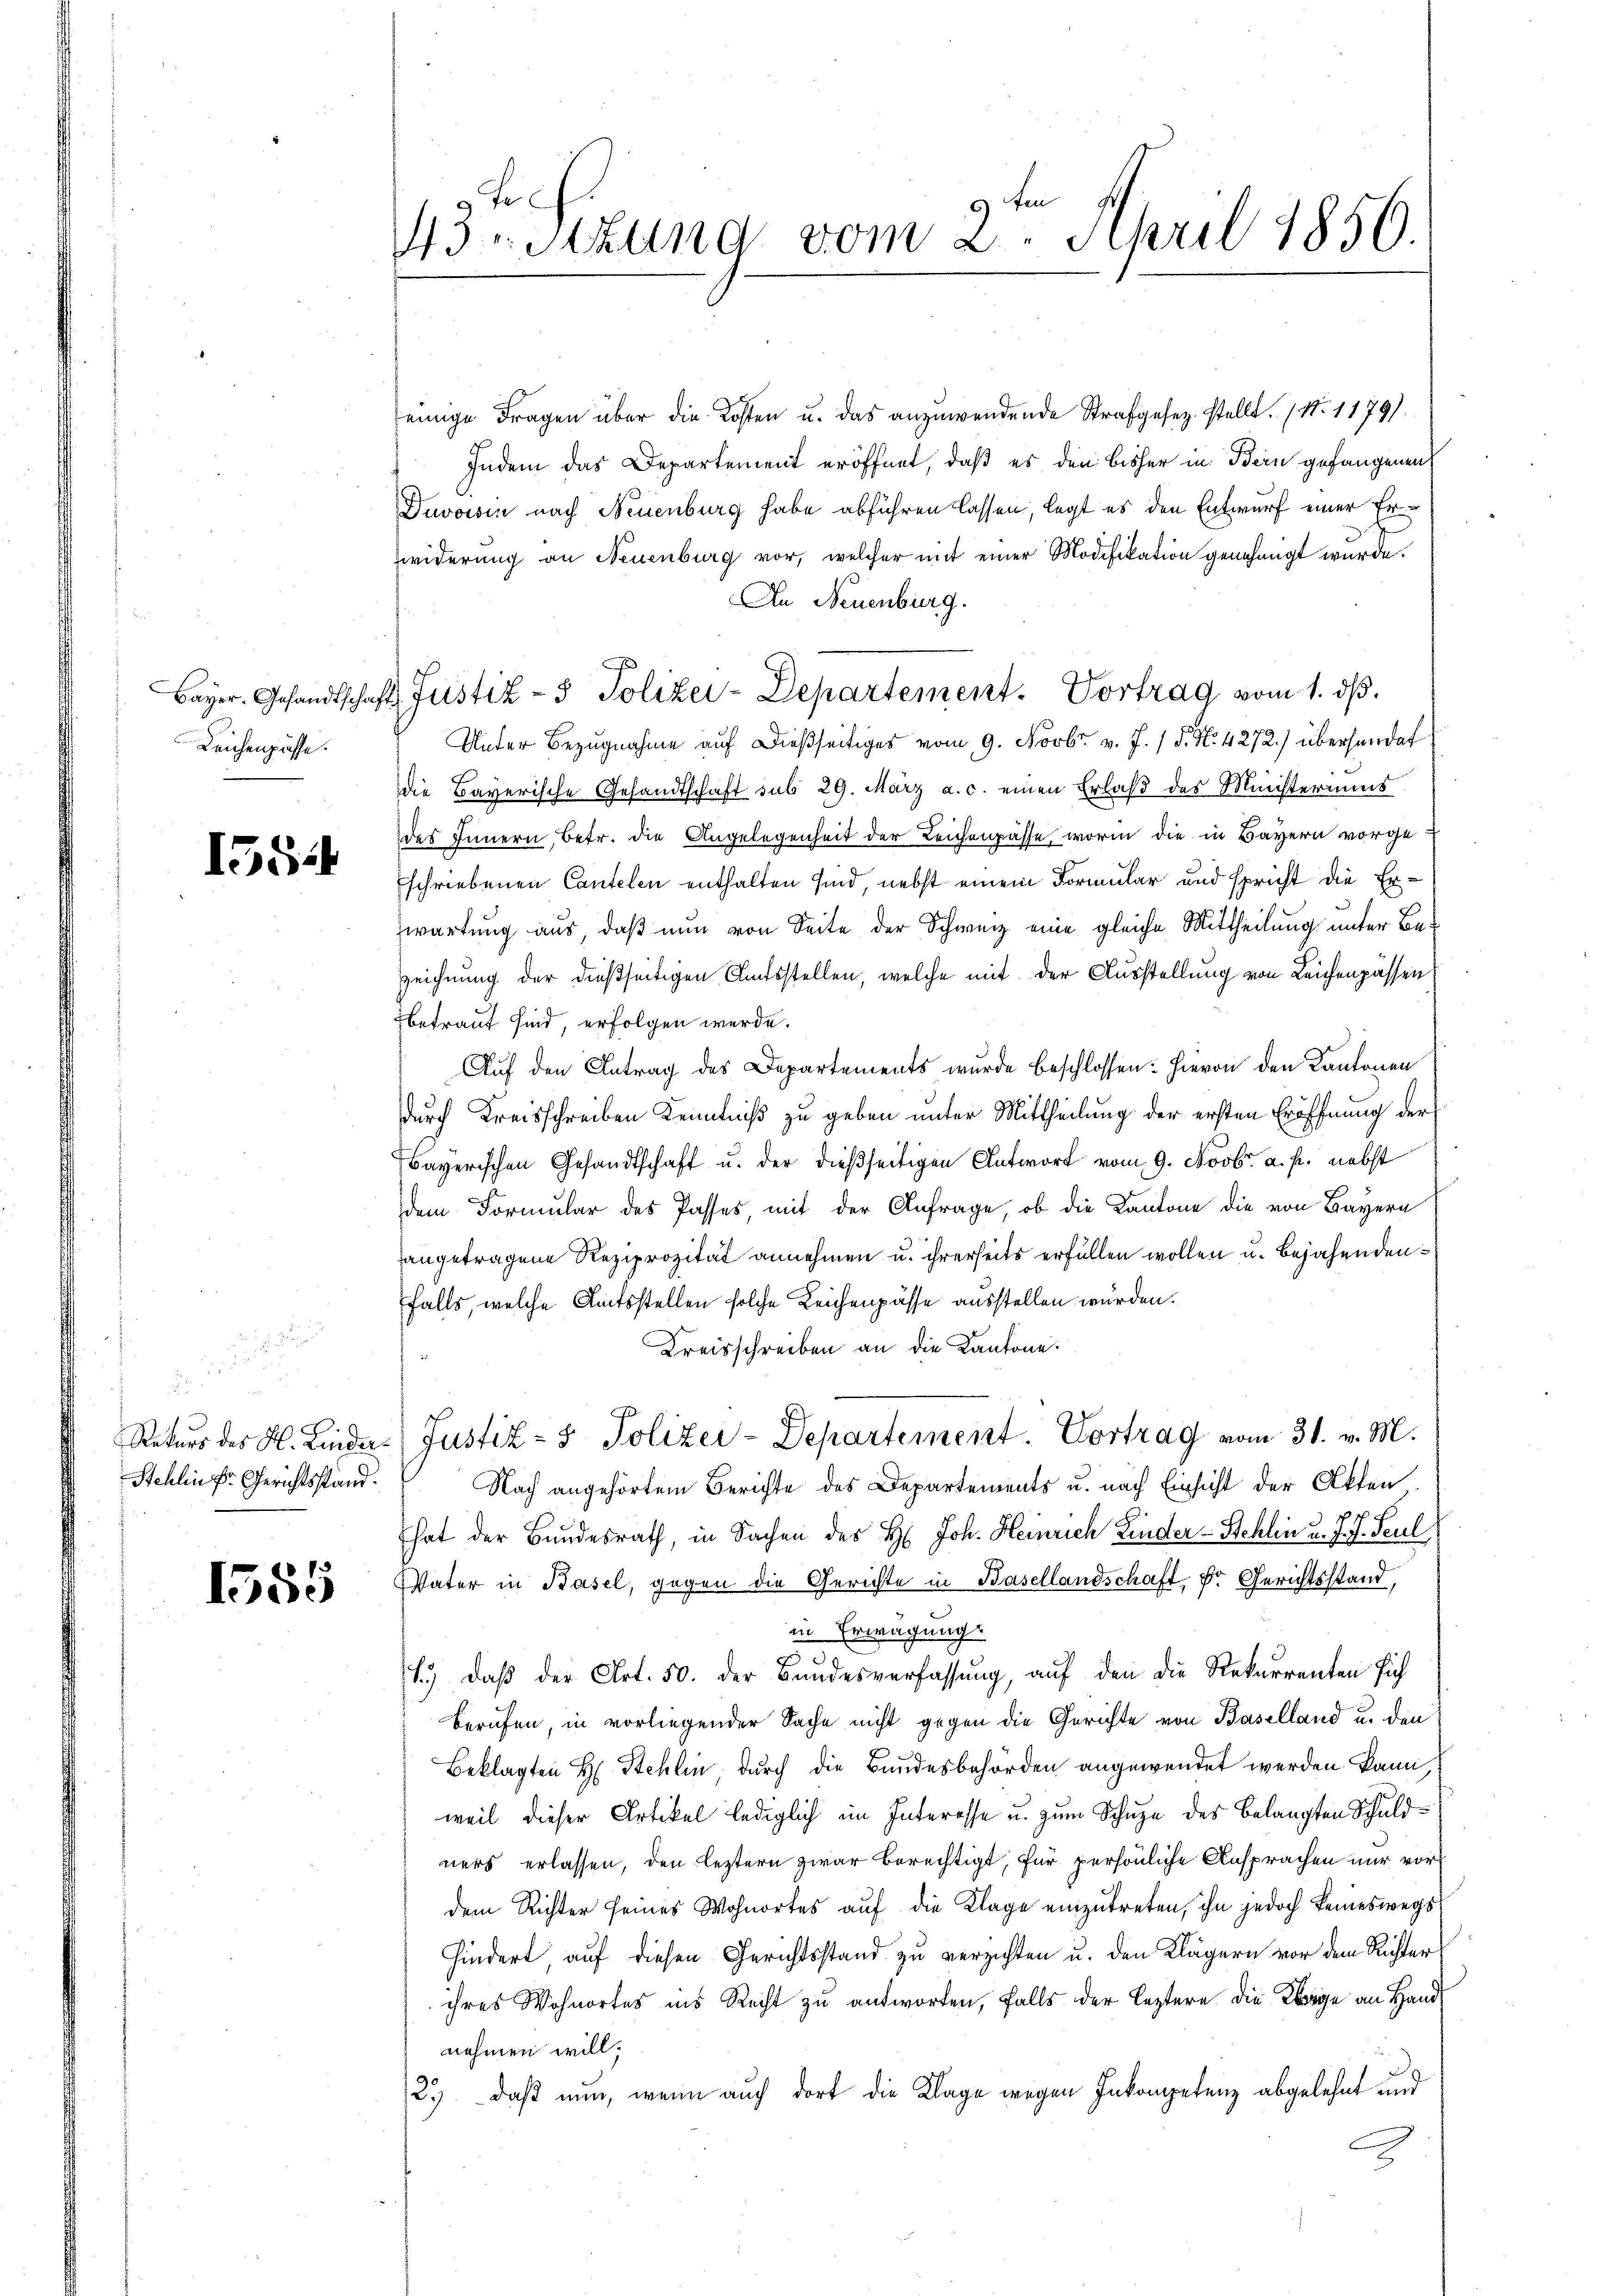
Leichenpasse.

1554

2
Stehlin fr. Gerichtsstand.

1585

9 Fr
9 ten
43rStzung vom 2. April 1850.

einige Fragen über die Kosten u. das anzuwendende Strafgesez. stellt. (N. 1179).
Indem das Departement eröffnet, daß es den bisher in Bern gefangenen
Duvoisin nach Neuenburg habe abführen lassen, legt es den Entwurf einer Er¬
Zwiderung an Neuenburg vor, welcher mit einer Modifikation genehmigt wurde.
An Neuenburg.
Unter Bezugnahme auf dießseitiges vom 9. Novbr. v. J. / 5. No. 4272) übersendet
die Bayerische Gesandtschaft sub 29. März a. c. einen Erlaß des Ministeriums
des Innern, betr. die Angelegenheit der Leichenpasse, worin die in Bayern vorgeschriebenen Cantelen enthalten sind, nebst einem Formular und spricht die Erwartung aus, daß nun von Seite der Schweiz eine gleiche Mittheilung unter Be-
zeichnung der dießseitigen Amtsstellen, welche mit der Ausstellung von Leichenpassen
betraut sind, erfolgen werde.
Auf den Antrag des Departements wurde beschlossen: hievon den Kantonen
durch Kreisschreiben Kenntniß zu geben unter Mittheilung der ersten Eröffnung der
Bayerischen Gesandtschaft u. der dießseitigen Antwort vom 9. Novbr. a. p. nebst
dem Formular des Passes, mit der Anfrage, ob die Kantone die von Bayern
angetragene Reziprozität annehmen u. ihrerseits erfüllen wollen u. bejahenden
falls, welche Amtsstellen solche Leichenpässe ausstellen wurden.
Kreisschreiben an die Kantone.
Rekurs des H. Linda Justiz- & Polizei-Departement. Vortrag vom 31. v. M.
Nach angehörtem Berichte des Departements u. nach Einsicht der Akten
hat der Bundesrath, in Sachen des H. Joh. Heinrich Linder-Schlin u. J. J. Seul
Vater in Basel, gegen die Gerichte in Basellandschaft, Dr. Gerichtsstand,
in Erwägung.
1.) daß der Art. 50. der Bandesverfassung, auf den die Rekurrenten sich
berufen, in vorliegender Sache nicht gegen die Gerichte von Baselland u. den
Beklagten H. Stehlin durch die Bundesbehörden angewendet werden kann,
weil dieser Artikel lediglich im Interesse u. zum Schuze des belangten Schuldners erlassen, den leztern zwar berechtigt, für persönliche Ansprachen nur vor
dem Richter seines Wohnortes auf die Klage einzutreten, ihn jedoch keineswegs
hindert, auf diesen Gerichtsstand zu verzichten u. den Klägern vor dem Richter
ihres Wohnortes ins Recht zu antworten, falls der leztere die Klage an Handnehmen will.
2.) daß nun, wenn auch dort die Klage wegen Inkompetenz abgelehnt und
x

Bayer. Gesandtschafts Justiz- & Polizei-Departement. Vortrag vom 1. dβ.